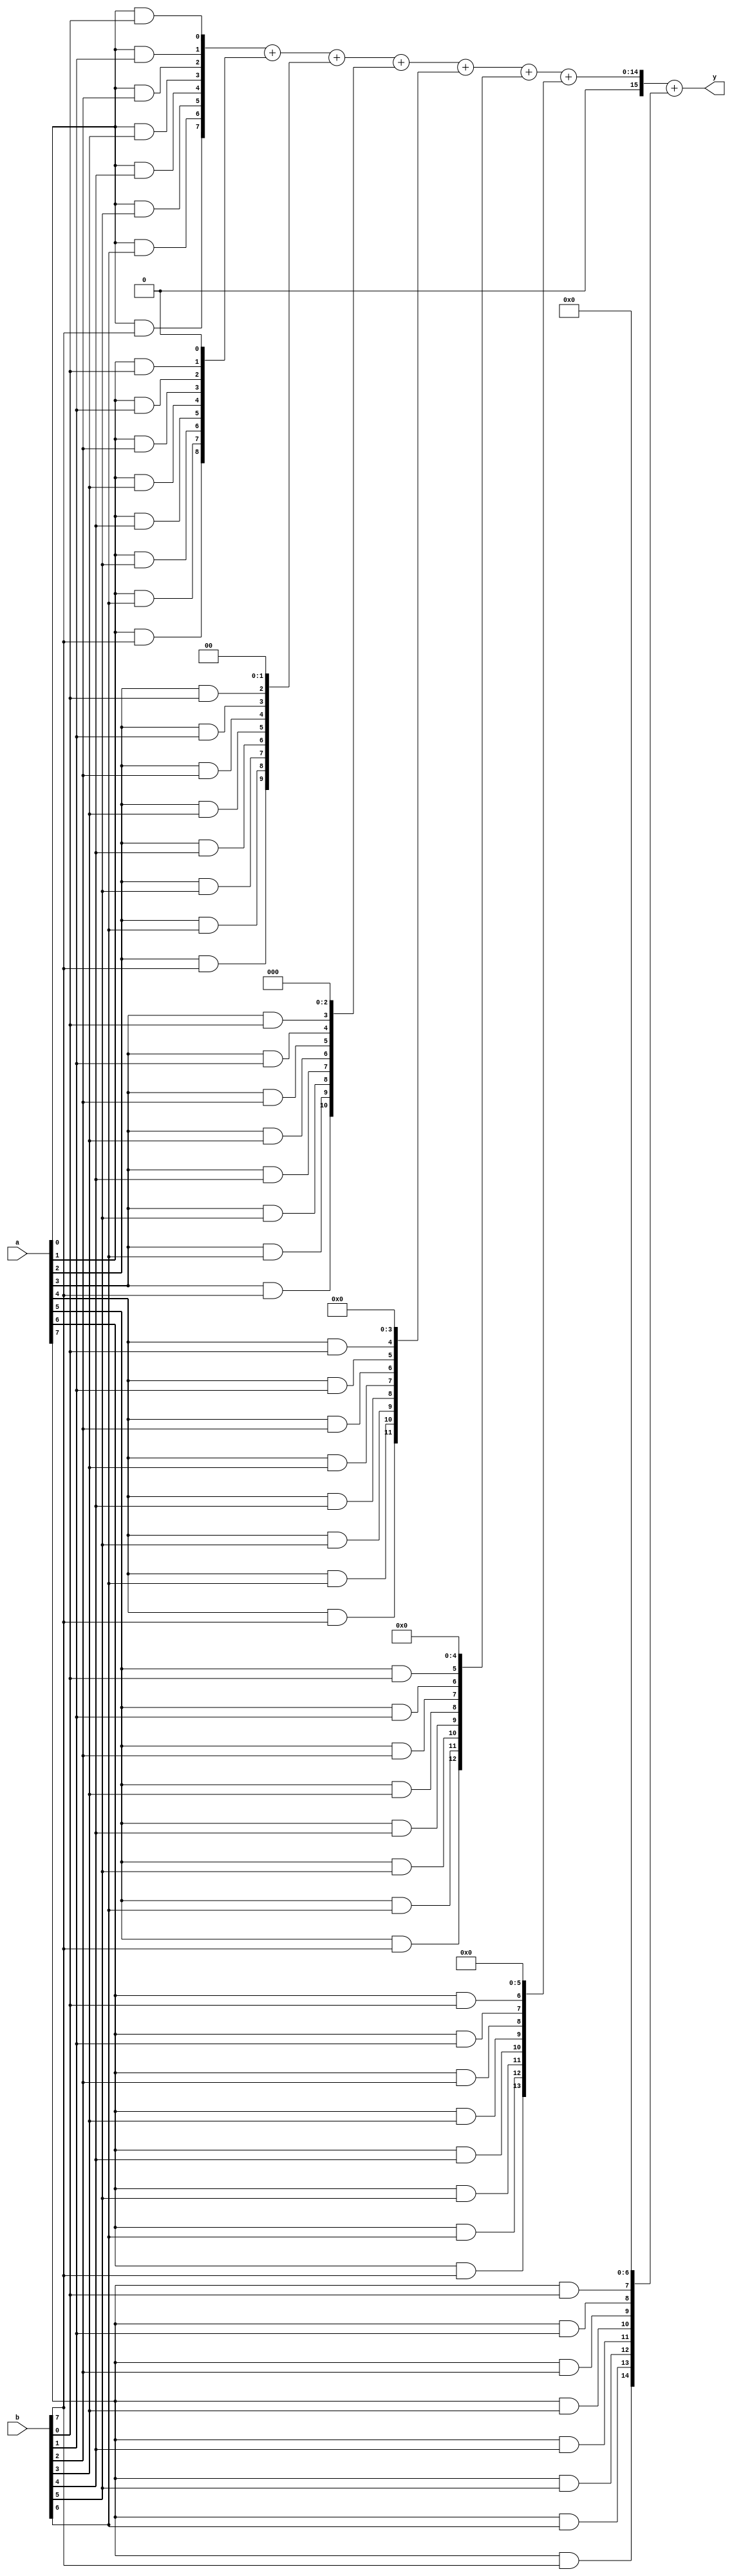
module mulN #(parameter N=8)(input [N-1:0] a,b, output [2*N-1:0] y);

	genvar i,j;
	wire [N-1:0]p[0:N-1];
	wire [2*N-2:0] R[0:N-1];
	wire [2*N-1:0] S[0:N-2];	//make N-1 id any changes in y equation

	for(i=0;i<N;i=i+1)	begin
		for (j=0;j<N;j=j+1) begin
			and Gij	(p[i][j],a[i],b[j]);
		end
		
		assign R[i]=p[i]<<i;		//{p[i],i{1'b0}}		//replication operator
		
		if(i==0)			assign S[i]=R[i];			//S[0]=R[0];
		else if (i==N-1)	assign y=S[i-1]+R[i];		//y=S[7]; S[7]=S[6]+R[7];
		else				assign S[i]=S[i-1]+R[i];	//i=1,2,3,...6
	end
			//assign y=S[N-1]
endmodule